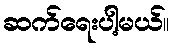
ဆက်ရေးပါ့မယ်။